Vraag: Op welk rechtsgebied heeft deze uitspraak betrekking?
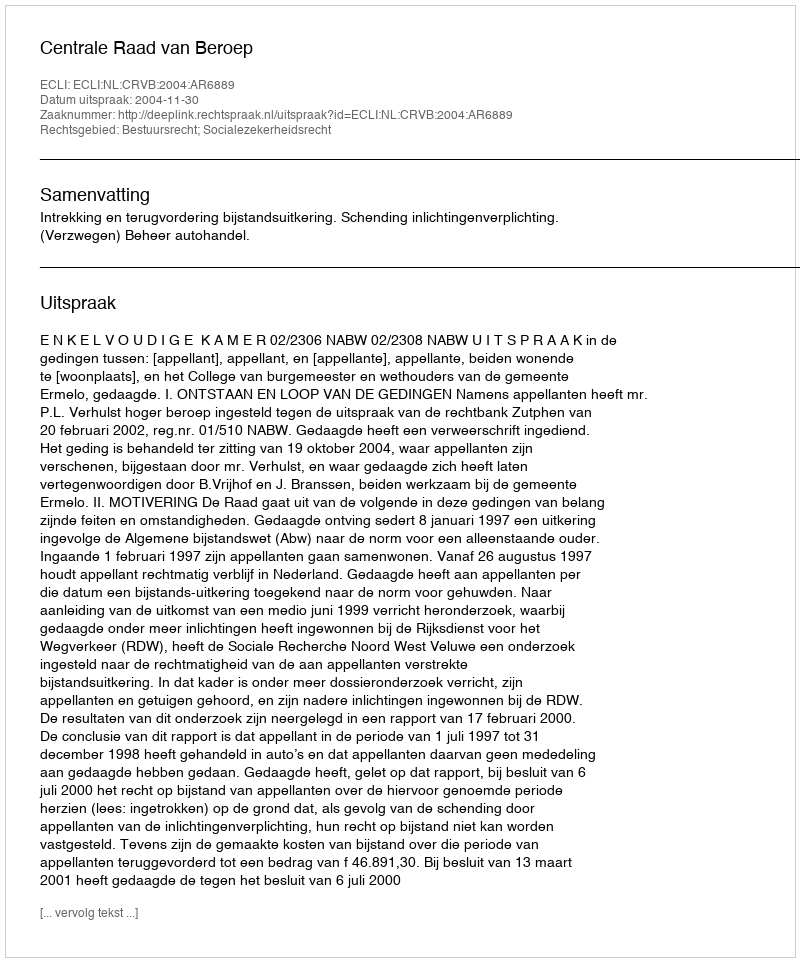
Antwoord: Bestuursrecht; Socialezekerheidsrecht